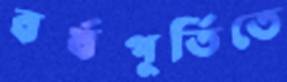
বর্ষপূর্তিতে